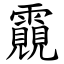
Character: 䨳